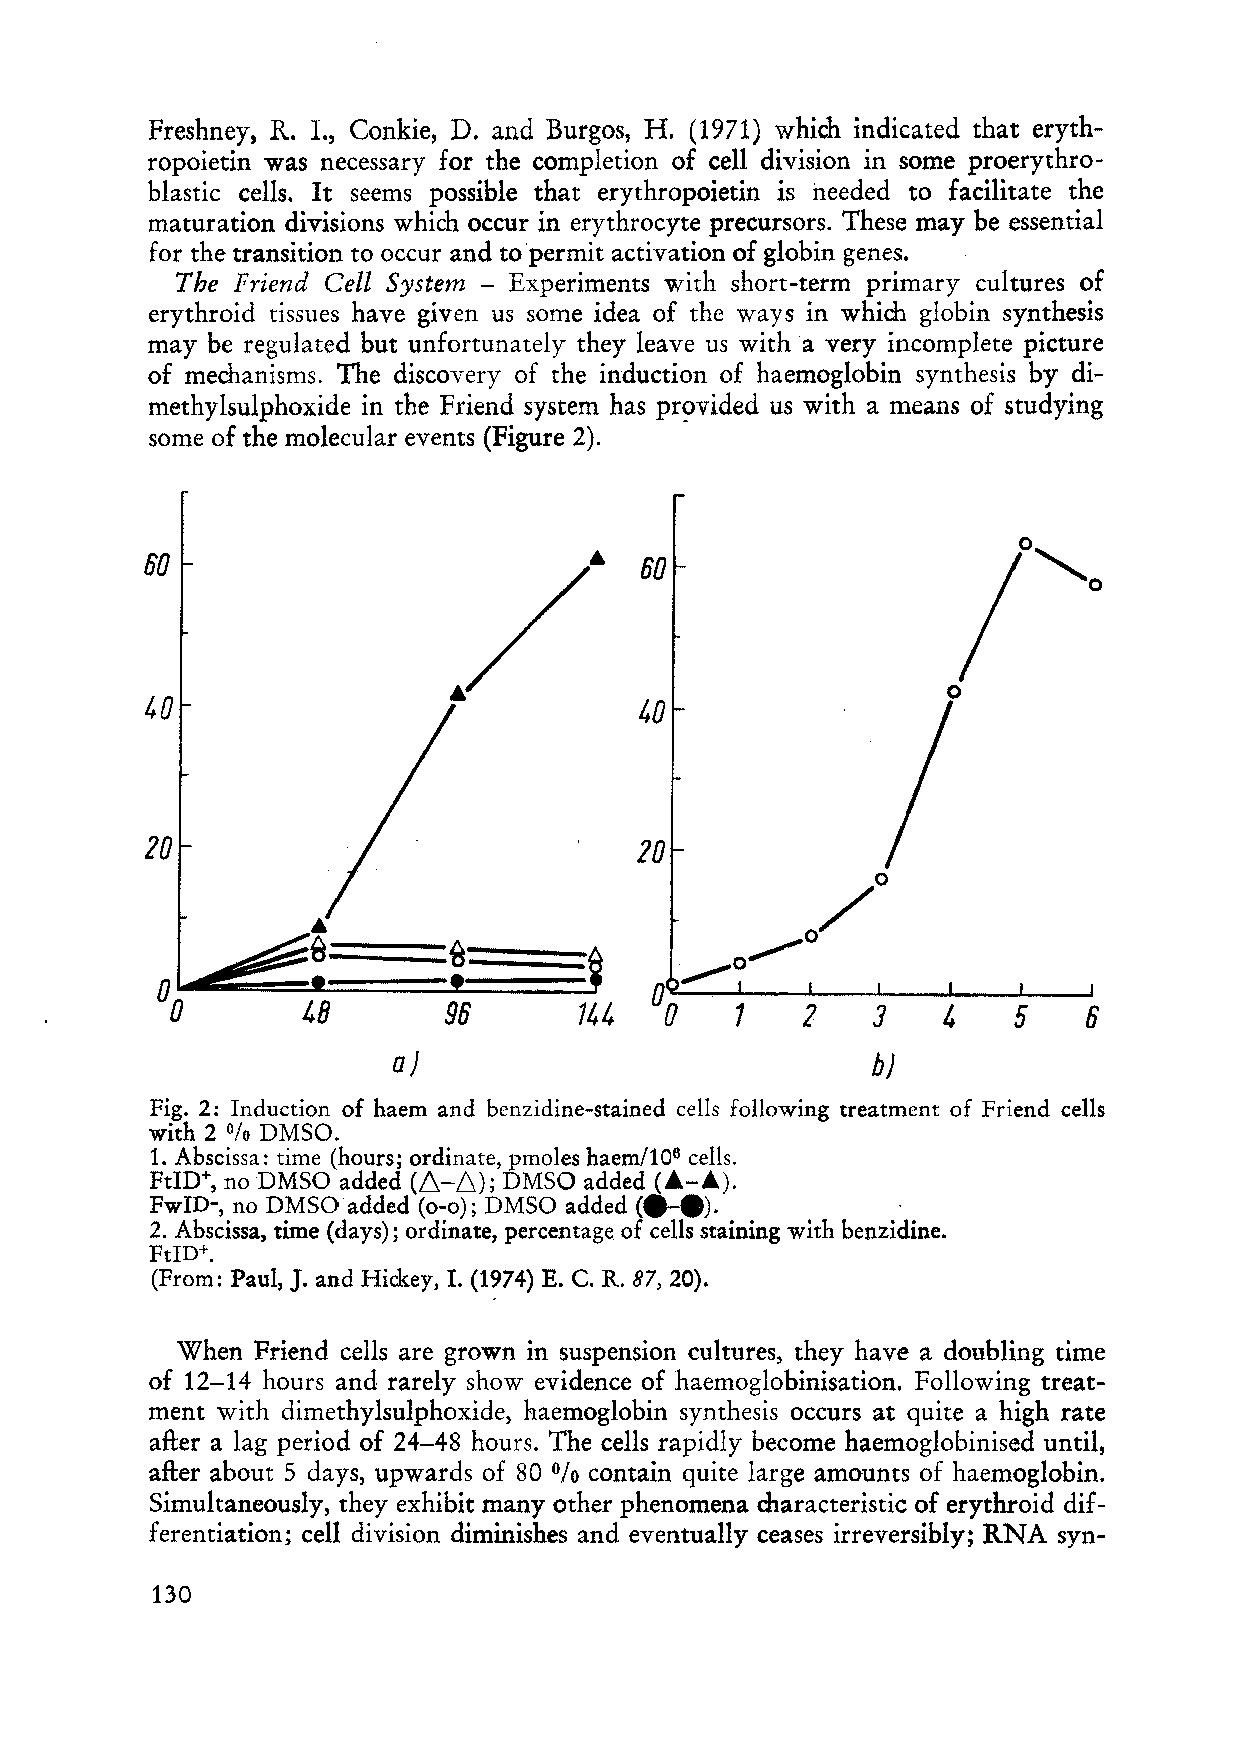
Freshney, R. 1., Conkie, D. and Burgos, H. (1971) which indicated that eryth
 ropoietin was necessary for the completion of cell division in some proerythro
 blastic cells. It seems possible that erythropoietin is needed to facilitate the
 maturation divisions wh ich occur in erythrocyte precursors. These may be essential
 for the transition to occur and to permit activation of globin genes.
 The Friend Cell System - Experiments with short-term primary cultures of
 erythroid tissues have given us some idea of the ways in which globin synthesis
 may be regulated but unfortunately they leave us witha very incomplete picture
 of mechanisms. The discovery of the induction of haemoglobin synthesis by di
 methylsulpho:x:ide in the Friend system has pr~vided us with a means of studying
 so me of the molecular events (Figure 2).
 60                               60
 o
 40                              40
 20                              20
 ==~==:A
 48       96       144        1   2    3   4    5    6
 a)                              b)
 Fig. 2: Induction of haem and benzidine-stained cells following treatment of Friend cells
 with 2 DMSO.
 %
 1. Abscissa: time (hours; ordinate, pmoles haem/106 cells.
 FtID+, no DMSO added (L,.-L,.); DMSO added (A-A).
 FwID-, no DMSOadded (0-0); DMSO added (e-e).     .
 2. Abscissa, time (days); ordinate, percentage of cells staining with benzidine.
 FtID+.
 (From: Paul, J. and Hickey, 1. (1974) E. C. R. 87, 20).
 When Friend ceIls are grown in suspension cultures, they have a doubling time
 of 12-14 hours and rarely show evidence of haemoglobinisation. Following treat
 ment with dimethylsulphoxide, haemoglobin synthesis occurs at quite a high rate
 after a lag period of 24-48 hours. The cells rapidly become haemoglobinised unti!,
 after about 5 days, upwards of 80 contain quite large amounts of haemoglobin.
 %
 Simultaneously, they exhibit many other phenomena characteristic of erythroid dif
 ferentiation; cell division diminishes and eventually ceases irreversibly; RNA syn-
 130